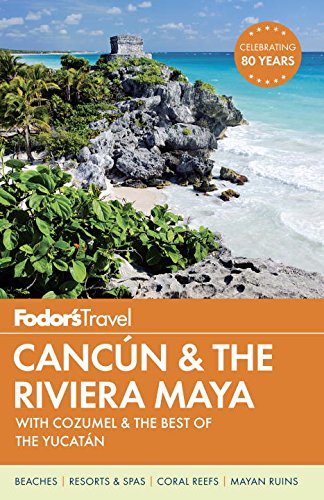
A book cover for Fodor's Cancun & the Riviera Maya: with Cozumel & the Best of the Yucatan (Full-color Travel Guide); Fodor's; Travel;